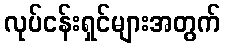
လုပ်ငန်းရှင်များအတွက်